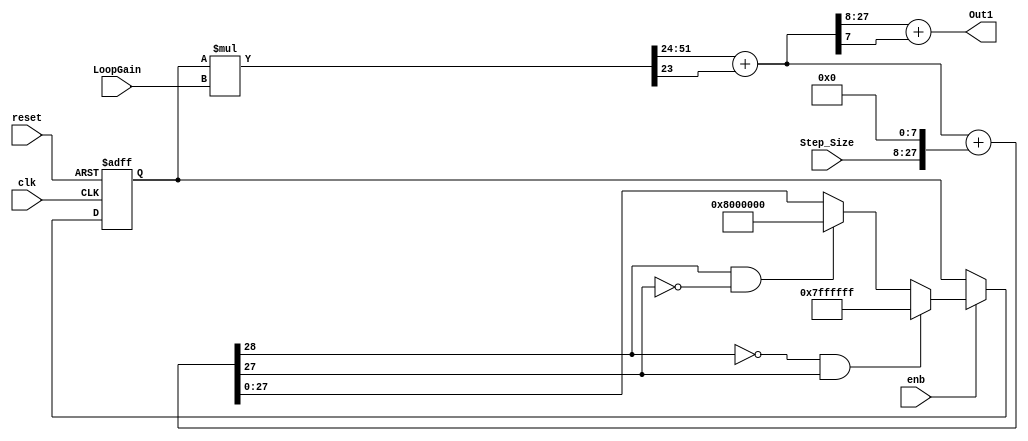
// -------------------------------------------------------------
// 
// 
// Generated by MATLAB 9.11 and HDL Coder 3.19
// 
// -------------------------------------------------------------


// -------------------------------------------------------------
// 
// Module: Integrator_gain_0_99
// Source Path: adpcm_precision_study/ADPCM_ECD/ADPCM Decoder1/Integrator -- gain = 0.99
// Hierarchy Level: 2
// 
// -------------------------------------------------------------

`timescale 1 ns / 1 ns

module Integrator_gain_0_99
          (clk,
           reset,
           enb,
           Step_Size,
           LoopGain,
           Out1);


  input   clk;
  input   reset;
  input   enb;
  input   signed [19:0] Step_Size;  // sfix20_En16
  input   signed [27:0] LoopGain;  // sfix28_En24
  output  signed [19:0] Out1;  // sfix20_En16


  wire signed [27:0] Data_Type_Conversion_out1;  // sfix28_En24
  wire signed [27:0] Product_out1;  // sfix28_En24
  wire signed [28:0] Sum2_add_cast;  // sfix29_En24
  wire signed [28:0] Sum2_add_cast_1;  // sfix29_En24
  wire signed [28:0] Sum2_add_temp;  // sfix29_En24
  wire signed [27:0] Sum2_out1;  // sfix28_En24
  reg signed [27:0] Delay_out1;  // sfix28_En24
  wire signed [55:0] Product_mul_temp;  // sfix56_En48
  wire signed [19:0] Data_Type_Conversion1_out1;  // sfix20_En16

  // round back to 16 frac bits
  // 
  // append 0s for better loop accum. precision
  // 
  // Note additional precision inside integrator.


  assign Data_Type_Conversion_out1 = {Step_Size, 8'b00000000};



  assign Sum2_add_cast = {Product_out1[27], Product_out1};
  assign Sum2_add_cast_1 = {Data_Type_Conversion_out1[27], Data_Type_Conversion_out1};
  assign Sum2_add_temp = Sum2_add_cast + Sum2_add_cast_1;
  assign Sum2_out1 = ((Sum2_add_temp[28] == 1'b0) && (Sum2_add_temp[27] != 1'b0) ? 28'sb0111111111111111111111111111 :
              ((Sum2_add_temp[28] == 1'b1) && (Sum2_add_temp[27] != 1'b1) ? 28'sb1000000000000000000000000000 :
              $signed(Sum2_add_temp[27:0])));



  always @(posedge clk or posedge reset)
    begin : Delay_process
      if (reset == 1'b1) begin
        Delay_out1 <= 28'sb0000000000000000000000000000;
      end
      else begin
        if (enb) begin
          Delay_out1 <= Sum2_out1;
        end
      end
    end



  assign Product_mul_temp = Delay_out1 * LoopGain;
  assign Product_out1 = Product_mul_temp[51:24] + $signed({1'b0, Product_mul_temp[23]});



  assign Data_Type_Conversion1_out1 = Product_out1[27:8] + $signed({1'b0, Product_out1[7]});



  assign Out1 = Data_Type_Conversion1_out1;

endmodule  // Integrator_gain_0_99